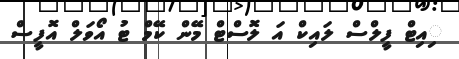
ިއިޓް ފީލްސް ލައިކް އަ ލޮސްޓް މޭން ކޭމް ޓު އޯވަލް އޮފީސް